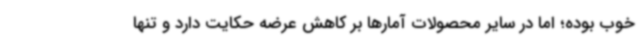
خوب بوده؛ اما در سایر محصولات آمارها بر کاهش عرضه حکایت دارد و تنها